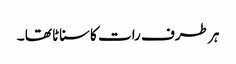
ہر طرف رات کاسناٹا تھا ۔